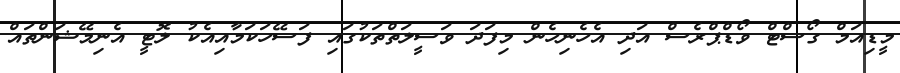
މީޑިއަމް ގޯސްޓް ވޯޑްޕްރެސް އަދި އެހެނިހެން މިފަދަ ވަސީލަތްތަކުގައި ފަސޭހަކަމާއިއެކު ލޮޓީ އެނިމޭޝަންތައް